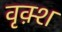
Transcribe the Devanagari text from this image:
वृक़्श